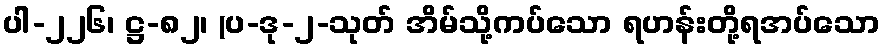
ပါ-၂၂၆၊ ဋ္ဌ-၈၂၊ (ပ-ဒု-၂-သုတ် အိမ်သို့ကပ်သော ရဟန်းတို့ရအပ်သော